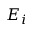
E _ { i }